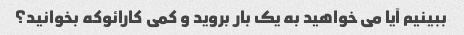
ببینیم آیا می خواهید به یک بار بروید و کمی کارائوکه بخوانید؟